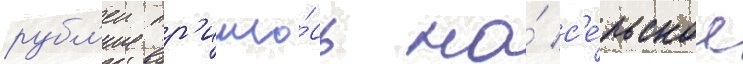
рубл'еи пр'ишло́сь на́ с'е́льское